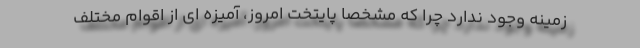
زمینه وجود ندارد چرا که مشخصاً پایتخت امروز، آمیزه ای از اقوام مختلف